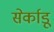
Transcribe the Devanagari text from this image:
सेर्काडू